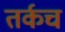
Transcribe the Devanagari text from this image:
तर्कच